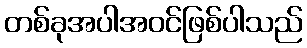
တစ်ခုအပါအဝင်ဖြစ်ပါသည်